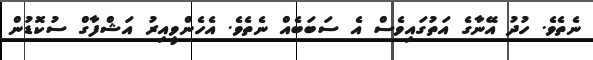
ނެތެވެ. ހުދު އޭނާގެ އަތުގައިވެސް އެ ސަބަބެއް ނެތެވެ. އެހެންވީއިރު އަޝްފާގް ސުކޮޑުން